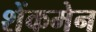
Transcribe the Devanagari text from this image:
शेंकमेन